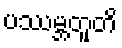
ပဿမ္ဘတူတိ